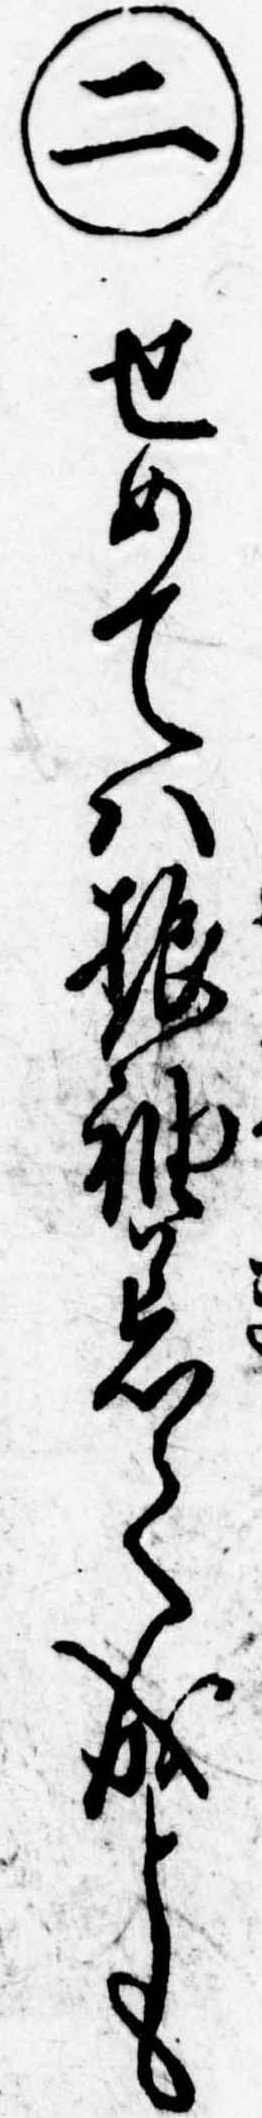
㊁せめては振袖着て成とも